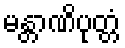
မန္တာဏိပုတ္တံ